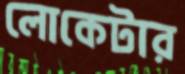
লোকেটার